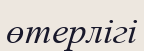
өтерлігі